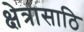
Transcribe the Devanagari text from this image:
क्षेत्रासाठि